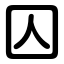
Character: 囚